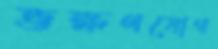
ভক্ষণযোগ